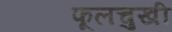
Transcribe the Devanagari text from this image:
फूलचुखी